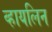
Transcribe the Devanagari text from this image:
व्हायलिन